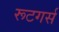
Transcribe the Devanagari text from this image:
रूटगर्स